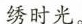
绣时光。